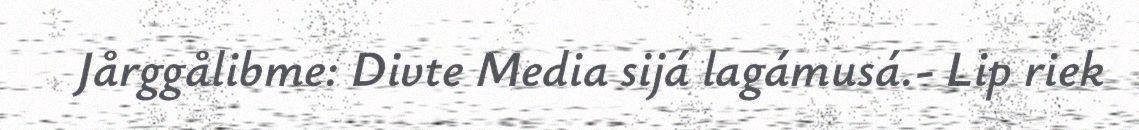
Jårggålibme: Divte Media sijá lagámusá.- Lip riek